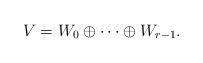
LaTeX: \begin{align*}V = W_0 \oplus \dots \oplus W_{r-1}.\end{align*}